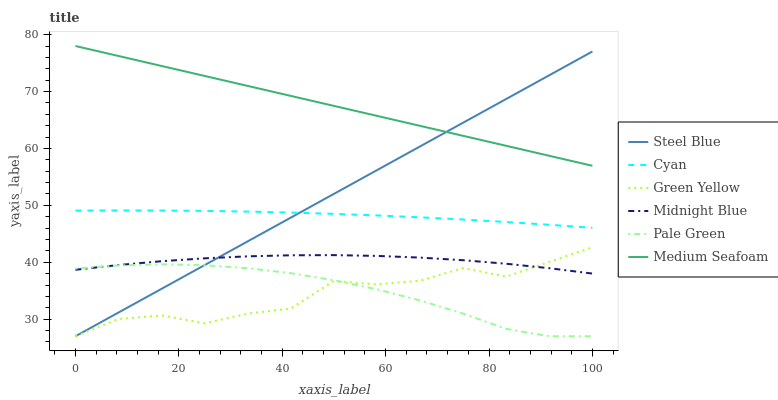
| xaxis_label | Steel Blue | Cyan | Green Yellow | Midnight Blue | Pale Green | Medium Seafoam |
 | --- | --- | --- | --- | --- | --- | --- |
 | 0 | 27 | 49.1 | 27 | 38.7 | 38.9 | 78 |
 | 8.33 | 31.2 | 49.1 | 30 | 39.5 | 39.4 | 76.2 |
 | 16.7 | 35.3 | 49.1 | 30.7 | 40.2 | 39.6 | 74.5 |
 | 25 | 39.5 | 49 | 29.3 | 40.7 | 39.5 | 72.7 |
 | 33.3 | 43.7 | 48.9 | 31 | 41 | 39 | 71 |
 | 41.7 | 47.8 | 48.7 | 31.9 | 41.2 | 38.1 | 69.2 |
 | 50 | 52 | 48.5 | 36.7 | 41.3 | 36.8 | 67.5 |
 | 58.3 | 56.2 | 48.2 | 36.1 | 41.1 | 35.2 | 65.7 |
 | 66.7 | 60.4 | 47.9 | 36.8 | 40.8 | 33.3 | 64 |
 | 75 | 64.5 | 47.5 | 39 | 40.4 | 31 | 62.2 |
 | 83.3 | 68.7 | 47.1 | 37.5 | 39.7 | 28.3 | 60.5 |
 | 91.7 | 72.9 | 46.6 | 40.1 | 39 | 27 | 58.7 |
 | 100 | 77 | 46 | 42.6 | 38 | 27 | 57 |